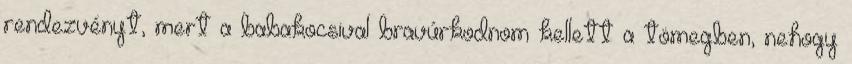
rendezvényt, mert a babakocsival bravúrkodnom kellett a tömegben, nehogy